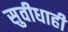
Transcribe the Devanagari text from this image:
सुवीधाही